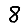
Digit: 8